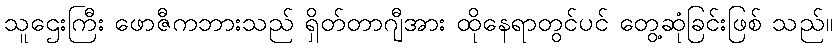
သူဌေးကြီး ဖောဇီကဘားသည် ရှိတ်တာဂျီအား ထိုနေရာတွင်ပင် တွေ့ဆုံခြင်းဖြစ် သည်။